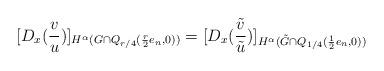
LaTeX: \begin{align*}[D_x (\frac{v}{u})]_{H^{\alpha}( G \cap Q_{r/4}( \frac{r}{2} e_n,0))}= [D_x (\frac{\tilde v}{\tilde u})]_{H^{\alpha}( \tilde G \cap Q_{1/4}( \frac{1}{2} e_n,0))}\end{align*}